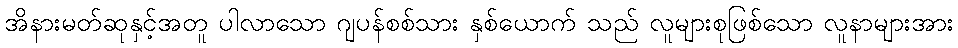
အိနားမတ်ဆုနှင့်အတူ ပါလာသော ဂျပန်စစ်သား နှစ်ယောက် သည် လူများစုဖြစ်သော လူနာများအား